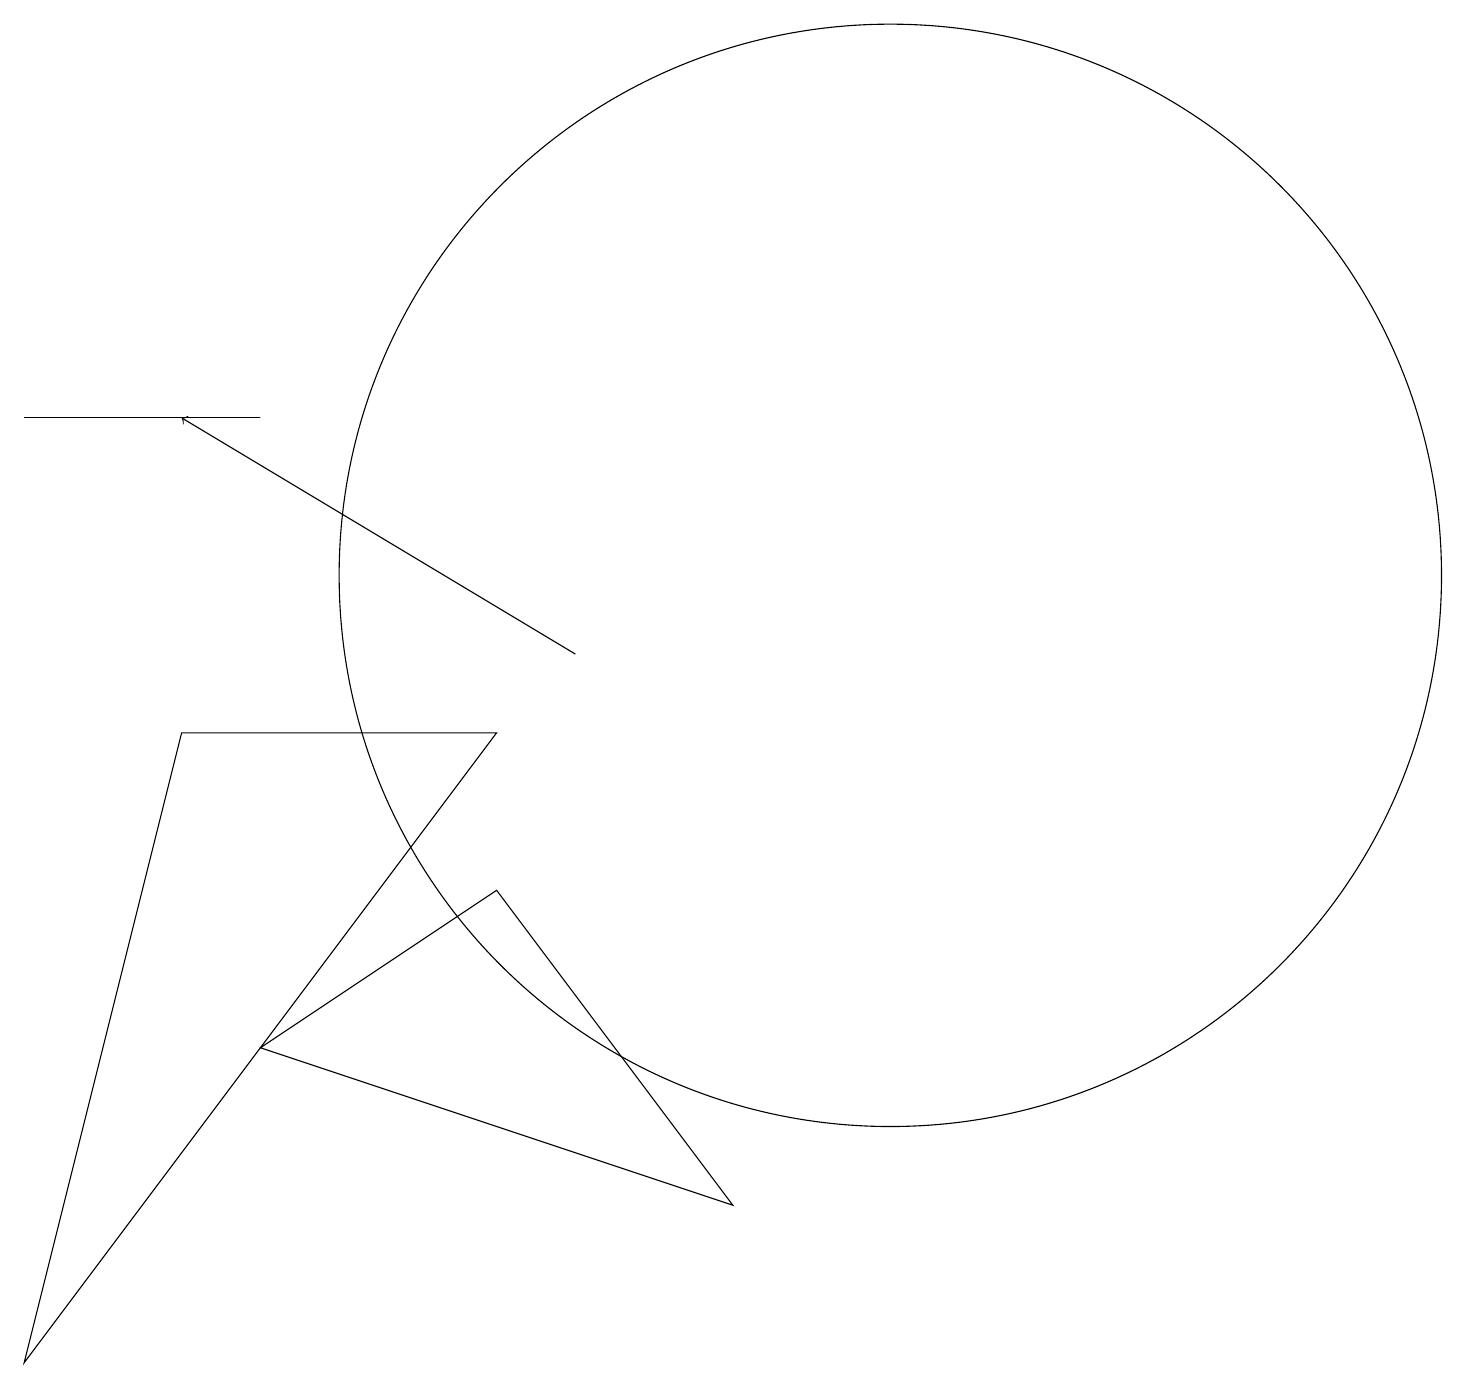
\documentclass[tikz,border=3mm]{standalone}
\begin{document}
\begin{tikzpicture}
\draw (0,13) rectangle (3,13);
\draw (2,9) -- (0,1) -- (6,9) -- cycle;
\draw (11,11) circle (7);
\draw[->] (7,10) -- (2,13);
\draw (6,7) -- (9,3) -- (3,5) -- cycle;
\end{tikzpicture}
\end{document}